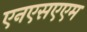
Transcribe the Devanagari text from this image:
एनएसएएम